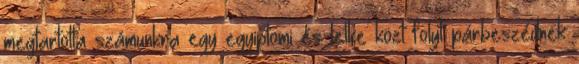
megtartotta számunkra egy egyiptomi és lelke közt folyt párbeszédnek